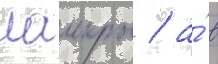
лаикры / а́ в